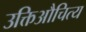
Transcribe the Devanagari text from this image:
उक्तिऔचित्य